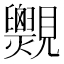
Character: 𧢨